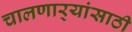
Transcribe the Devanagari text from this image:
चालणार्‍यांसाठी